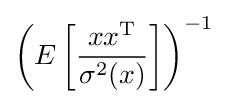
\left(E\left[{\frac {xx^{\mathrm {T} }}{\sigma ^{2}(x)}}\right]\right)^{-1}